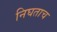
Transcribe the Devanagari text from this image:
निघताच